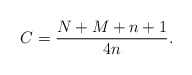
\begin{gather*} C=\frac{N+M+n+1}{4n}.\end{gather*}